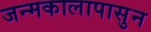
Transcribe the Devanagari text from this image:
जन्मकालापासुन